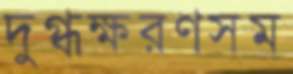
দুগ্ধক্ষরণসম